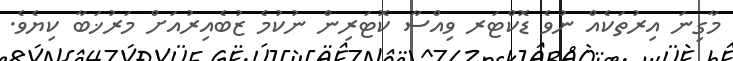
މާގިނަ އިރުތަކެއް ނުވެ ޑޮކްޓަރ ވިއްސާ ކޮޓަރިން ނުކުމެ ޒުބެއިރުއަށް މަރުޚަބާ ކިޔެވެ.